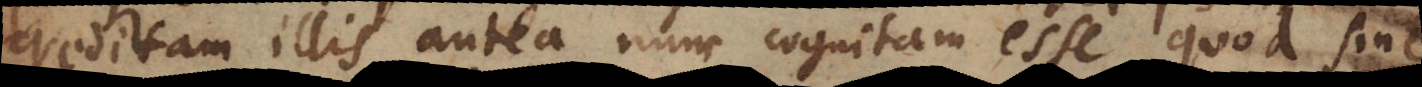
creditam illis antea nunc cognitam esse, quod sine